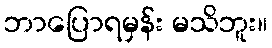
ဘာပြောရမှန်း မသိဘူး။